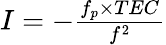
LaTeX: \begin{array}{r}{I=-\frac{f_{p}\times TEC}{f^{2}}}\end{array}